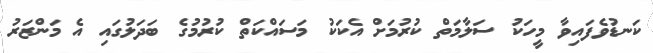
ކަނޑުވެފައިވާ މީހަކު ސަލާމަތް ކުރުމަށް އެކަކު މަސައްކަތް ކުރުމުގެ ބަދަލުގައި އެ މަންޒަރު